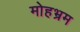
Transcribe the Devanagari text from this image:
मोहभ्रम